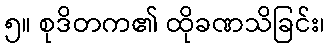
၅။ စုဒိတက၏ ထိုခဏသိခြင်း၊